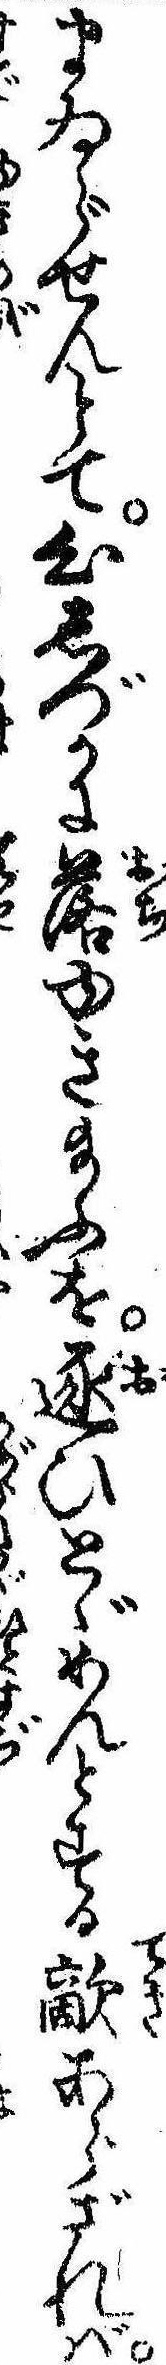
まゐらせんとて心しづかに落ゆき給ふを逐ひとゞめんとする敵あらざれば